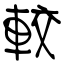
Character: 較